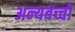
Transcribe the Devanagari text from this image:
अन्यबच्चों